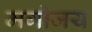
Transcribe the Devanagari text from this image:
मगोजय